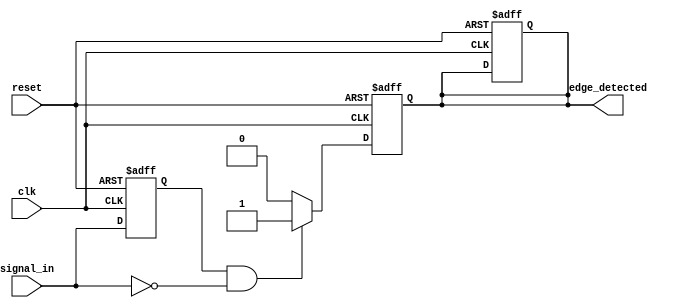
module negative_edge_detector (
    input wire clk,           // Clock signal
    input wire reset,         // Asynchronous reset signal
    input wire signal_in,     // Input signal to detect negative edge
    output reg edge_detected   // Output signal indicating negative edge detection
);

    reg signal_in_d;          // Delayed input signal for edge detection

    // Flip-flop to sample the input signal at the rising edge of the clock
    always @(posedge clk or posedge reset) begin
        if (reset) begin
            signal_in_d <= 1'b0;   // Initialize the delayed signal to 0
            edge_detected <= 1'b0; // Initialize edge detected signal to 0
        end else begin
            signal_in_d <= signal_in; // Sample the input signal
        end
    end

    // Edge detection logic
    always @(posedge clk or posedge reset) begin
        if (reset) begin
            edge_detected <= 1'b0; // Reset the edge detected output
        end else if (signal_in_d == 1'b1 && signal_in == 1'b0) begin
            edge_detected <= 1'b1; // Negative edge detected
        end else begin
            edge_detected <= 1'b0; // No edge detected
        end
    end

endmodule